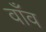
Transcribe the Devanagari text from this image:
वाँव